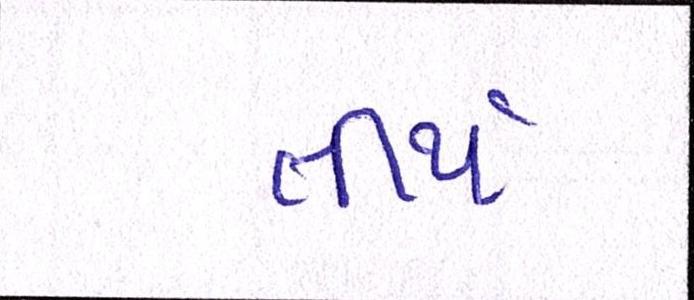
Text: તીર્થ